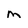
Character: m